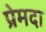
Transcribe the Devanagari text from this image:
प्रेमदा